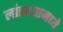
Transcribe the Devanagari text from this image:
लांडग्यामध्ये